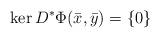
LaTeX: \begin{align*}\ker D^*\Phi(\bar x,\bar y)=\{0\}\end{align*}